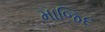
માજિદ